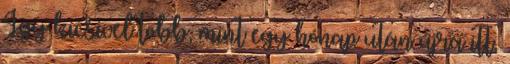
Így kicsivel több, mint egy hónap után újra itt,